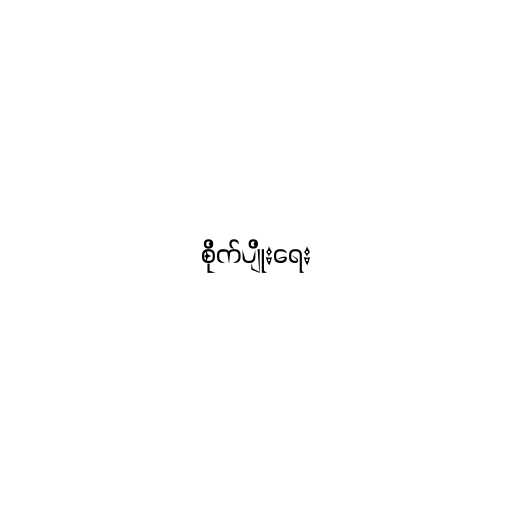
စိုက်ပျိုးရေး